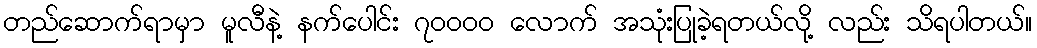
တည်ဆောက်ရာမှာ မူလီနဲ့ နက်ပေါင်း ၇၀၀၀၀ လောက် အသုံးပြုခဲ့ရတယ်လို့ လည်း သိရပါတယ်။